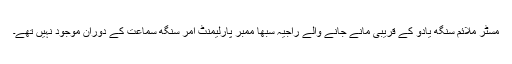
مسٹر ملائم سنگھ یادو کے قریبی مانے جانے والے راجیہ سبھا ممبر پارلیمنٹ امر سنگھ سماعت کے دوران موجود نہیں تھے۔